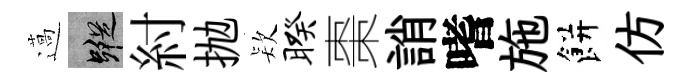
薖蹤紂抛𣣇暌棗誚嗜施餅仿